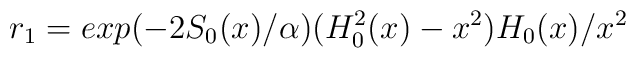
r_{1}=exp(-2S_{0}(x)/\alpha )(H_{0}^{2}(x)-x^{2})H_{0}(x)/x^{2}